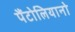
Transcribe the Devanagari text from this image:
पैंटोलियानो